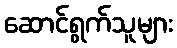
ဆောင်ရွက်သူများ